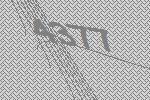
4377